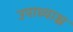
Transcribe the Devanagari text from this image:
उपाध्याश्च